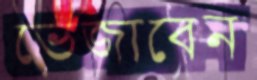
ভেজাবেন